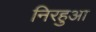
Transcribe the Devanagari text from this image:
निरहुआ